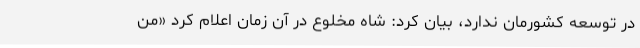
در توسعه کشورمان ندارد، بیان کرد: شاه مخلوع در آن زمان اعلام کرد «من